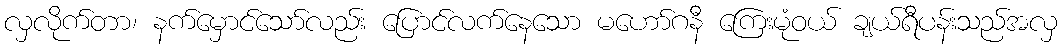
လှလိုက်တာ၊ နက်မှောင်သော်လည်း ပြောင်လက်နေသော မဟော်ဂနီ ကြေးမုံဝယ် ချယ်ရီပန်းသည်အလှ